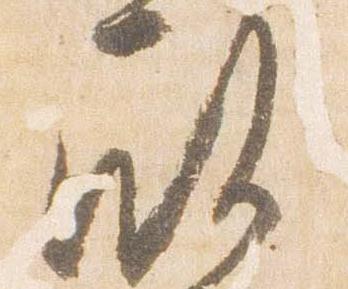
殿